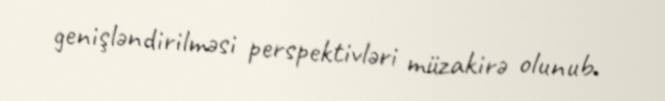
genişləndirilməsi perspektivləri müzakirə olunub.